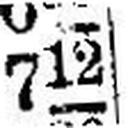
712